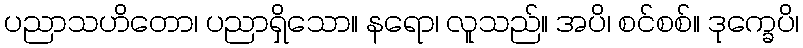
ပညာသဟိတော၊ ပညာရှိသော။ နရော၊ လူသည်။ အပိ၊ စင်စစ်။ ဒုက္ခေပိ၊